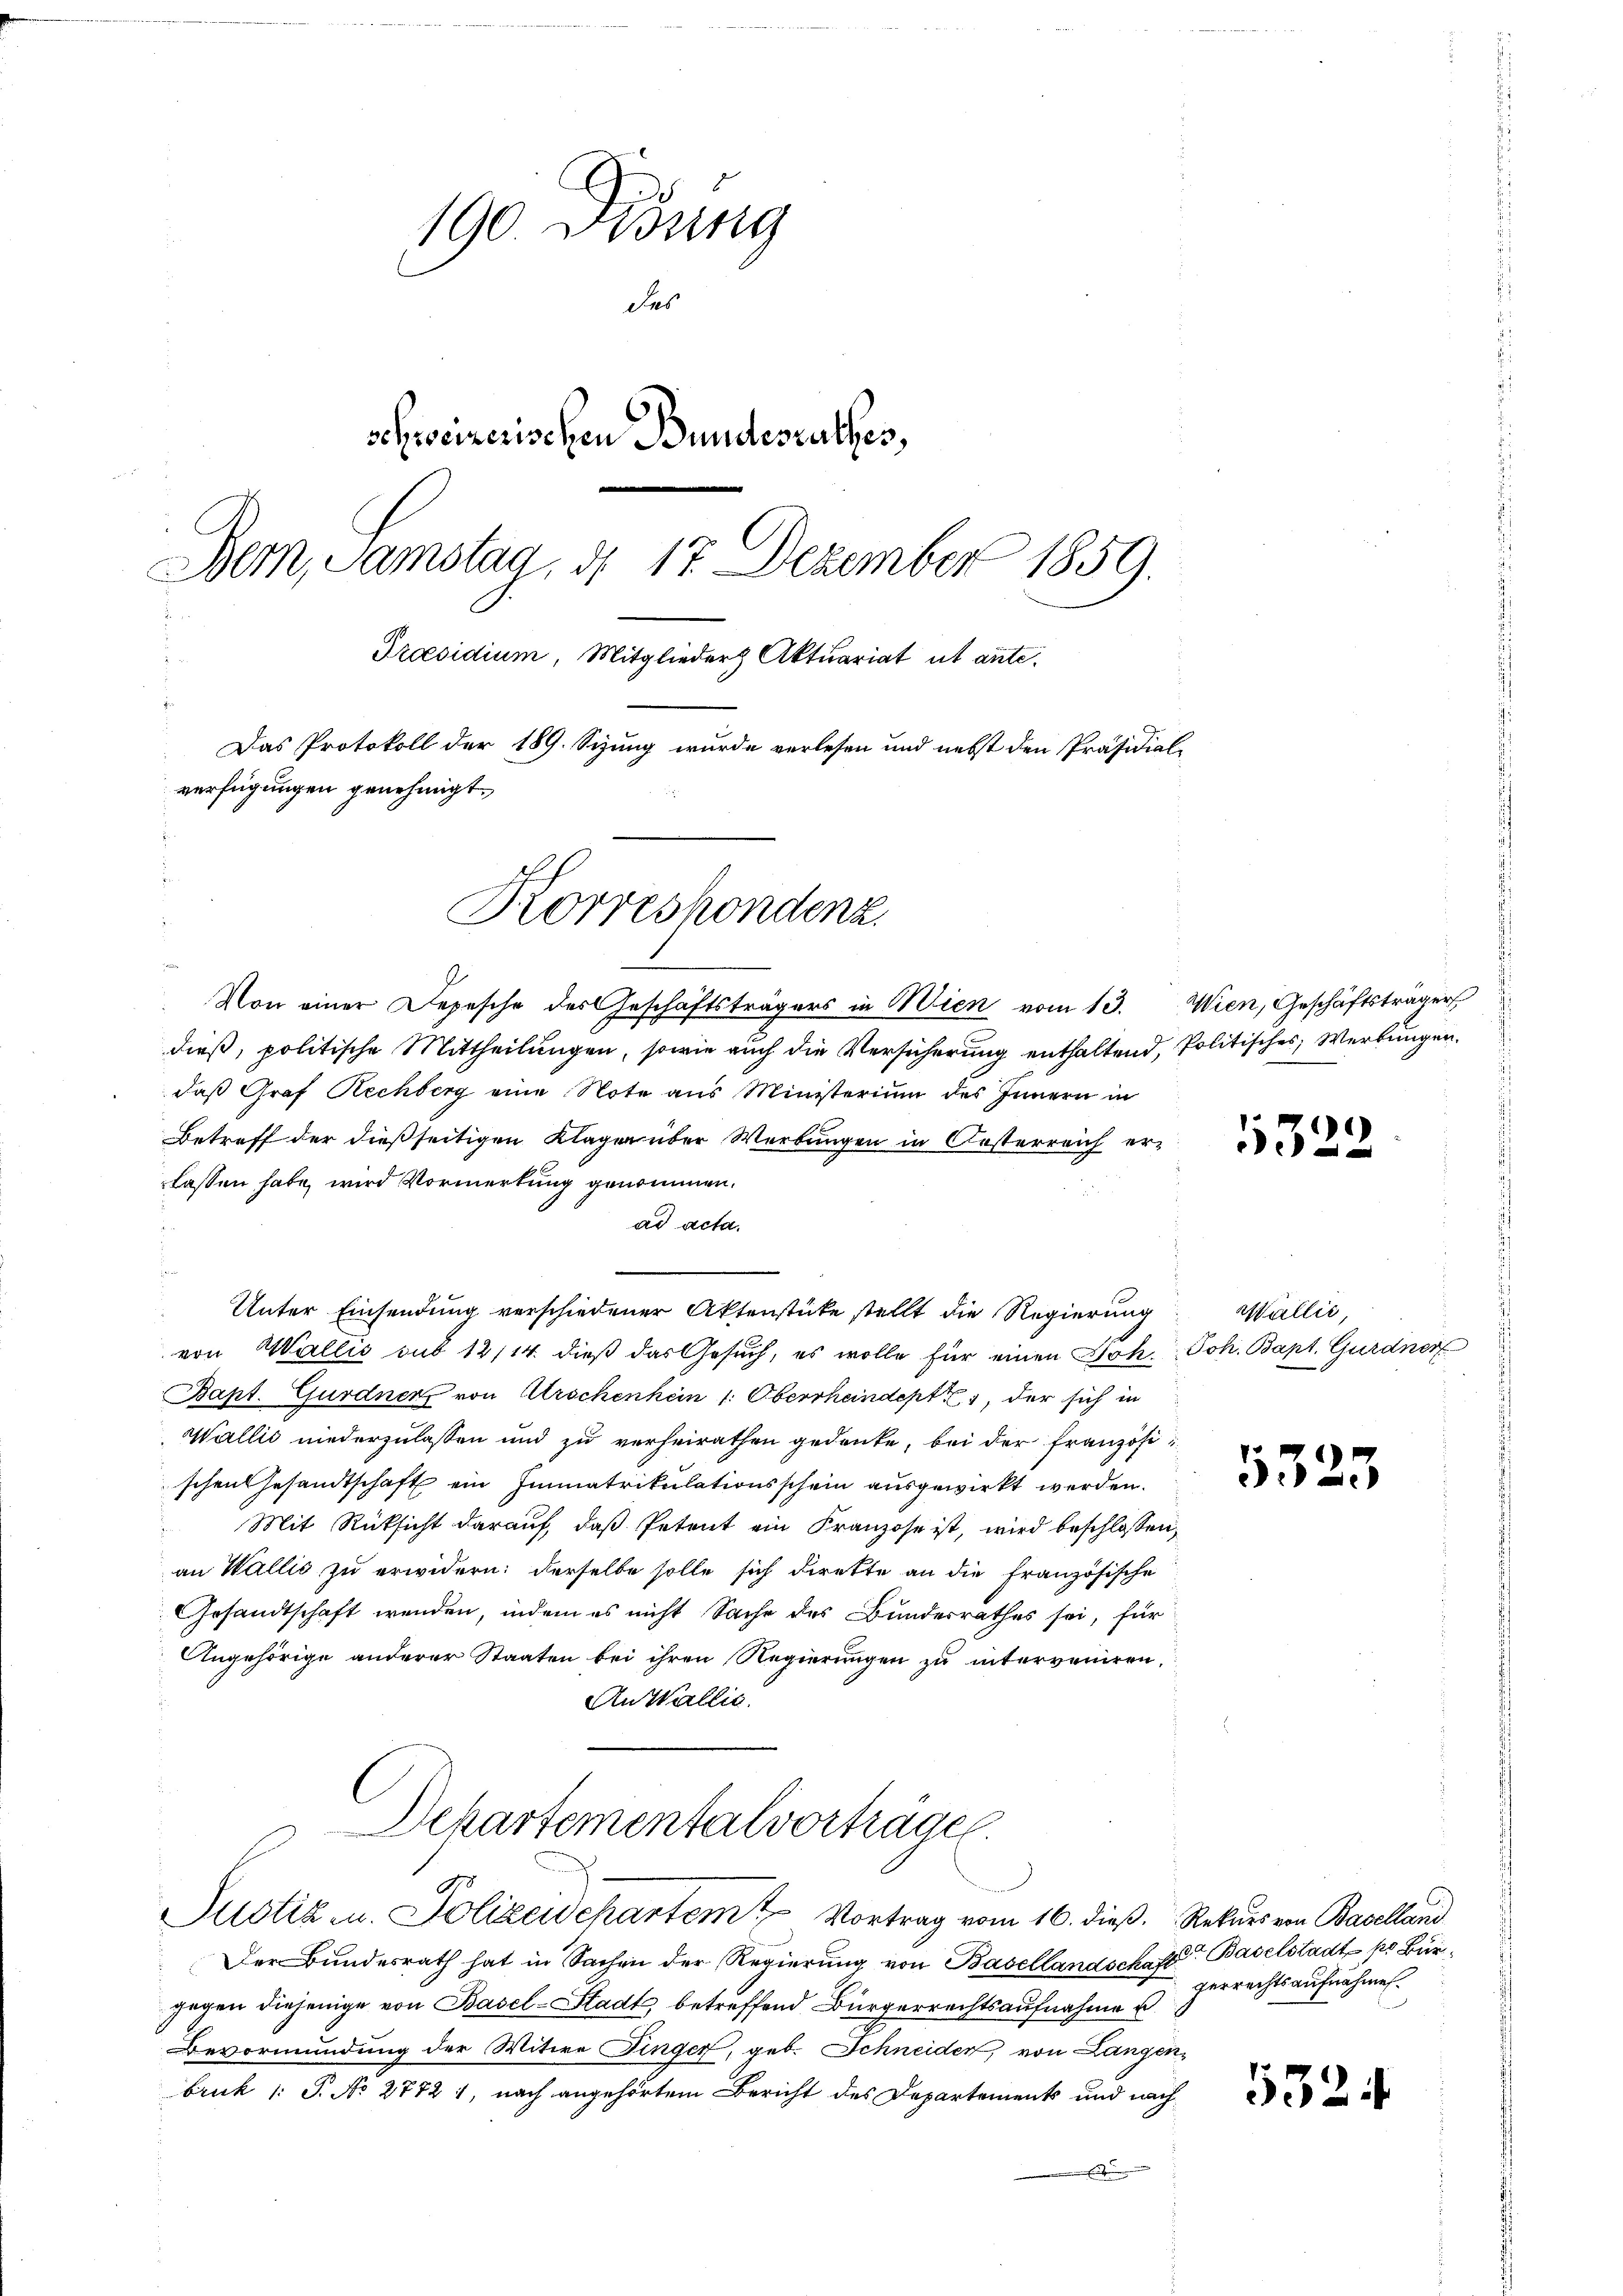
190 Didung
das
schweizerischen Bundesrathes,
Bern, Samstag, d. 17. Dezember 1859.
Praesidium, Mitglieder Aktuariat ut ante.
Das Protokoll der 189. Sizung wurde verlesen und nebst den Präsidial-
verfügungen genehmigt.

Korreshondenz

Von einer Depesche des Geschäftsträgers in Wien vom 13. Wien, Geschäftsträger
dieß, politische Mittheilungen, sowie auch die Versicherung enthaltend, Politisches Werbungen.
daß Graf Rechberg eine Note aus Ministerium des Innern in
Betreff der dießseitigen Klager über Werbungen in Oesterreich er-
lassen habe, wird Vormerkung genommen.
ad acta.
Unter Einsendung verschiedener Aktenstücke stellt die Regierung
von Wallis sub 12/14. dieß das Gesuch, es wolle für einen Joh. Joh. Bapt. Gurdner
Bapt. Gurdner von Urschenhein 1. Oberrheindept, der sich in
Wallis niederzulassen und zu verheirathen gedenke, bei der Französi
schen Gesandtschaft ein Immatrikulationsschein ausgewirkt werden.
Mit Rücksicht darauf, daß Petent ein Franzose ist, wird beschlossen,
an Wallis zu erwidern: derselbe solle sich direkte an die französische
Gesandtschaft wenden, indem es nicht Sache des Bundesrathes sei, für
Angehörige anderer Staaten bei ihren Regierungen zu interveniren,
An Wallis.
Dekartementalvorträge.

8
Justiz u. Polizeidchartem Vortrag vom 16. dieß. Rekurs von Baselland

Der Bundesrath hat in Sachen der Regierung von Basellandschaft Baselstadt pr Bürgegen diejenige von Basel-Stadt betreffend Bürgerrechtsaufnahme u.
Bevormundung der Witwe Finger, geb. Schneider, von Langen,
bruk 1: S. No 2772 1, nach angehörtem Bericht des Departements und nach
E

1322

Wallić,

533

3

gerrechtsaufnahmen.

5324